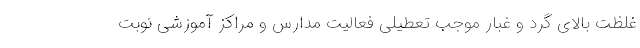
غلظت بالای گرد و غبار موجب تعطیلی فعالیت مدارس و مراکز آموزشی نوبت